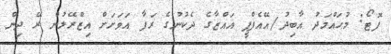
ފޮޓޯ: މުޙައްމަދު އާބިދު/އޭއެފްޕީ ޣައްޒާގެ ދެކުނުގެ ރަފާ އަވަށަށް އިޒްރޭލުން ރޭ ދިން